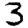
Digit: 3